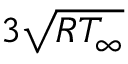
3 \sqrt { R { T _ { \infty } } }